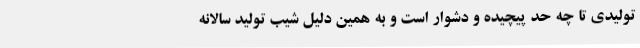
تولیدی تا چه حد پیچیده و دشوار است و به همین دلیل شیب تولید سالانه